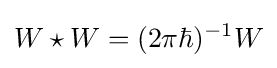
W\star W=(2\pi \hbar )^{-1}W